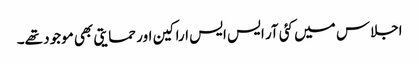
اجلاس میں کئی آر ایس ایس اراکین اور حمایتی بھی موجود تھے۔